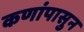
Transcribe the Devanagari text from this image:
कणांपासुन